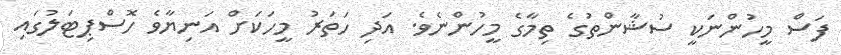
ފަސް މީހުންނަކީ ސުޝާންތުގެ ތިމާގެ މީހުންނެވެ. އަދި ހަތަރު މީހަކަށް އަނިޔާވެ ހޮސްޕިޓަލުގައި